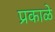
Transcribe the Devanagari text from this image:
प्रकाळे